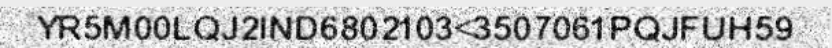
YR5M00LQJ2IND6802103<3507061PQJFUH59